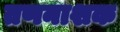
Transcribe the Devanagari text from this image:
तणनाशक